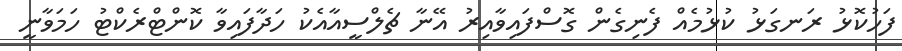
ފަހުކޮޅު ރަނގަޅު ކުޅުމެއް ފެނިގެން ގޮސްފައިވާއިރު އޭނާ ޗެލްސީއާއެކު ހަދާފައިވާ ކޮންޓްރެކްޓު ހަމަވާނީ